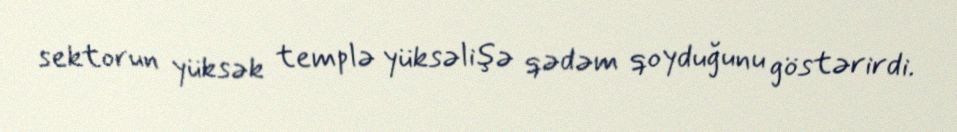
sektorun yüksək templə yüksəlişə qədəm qoyduğunu göstərirdi.